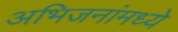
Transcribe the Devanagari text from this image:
अभिजनांमध्ये